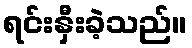
ရင်းနှီးခဲ့သည်။